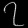
Digit: ၇